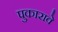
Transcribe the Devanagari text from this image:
पुकारावे